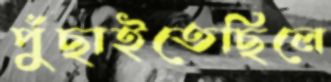
পুঁছাইতেছিলে